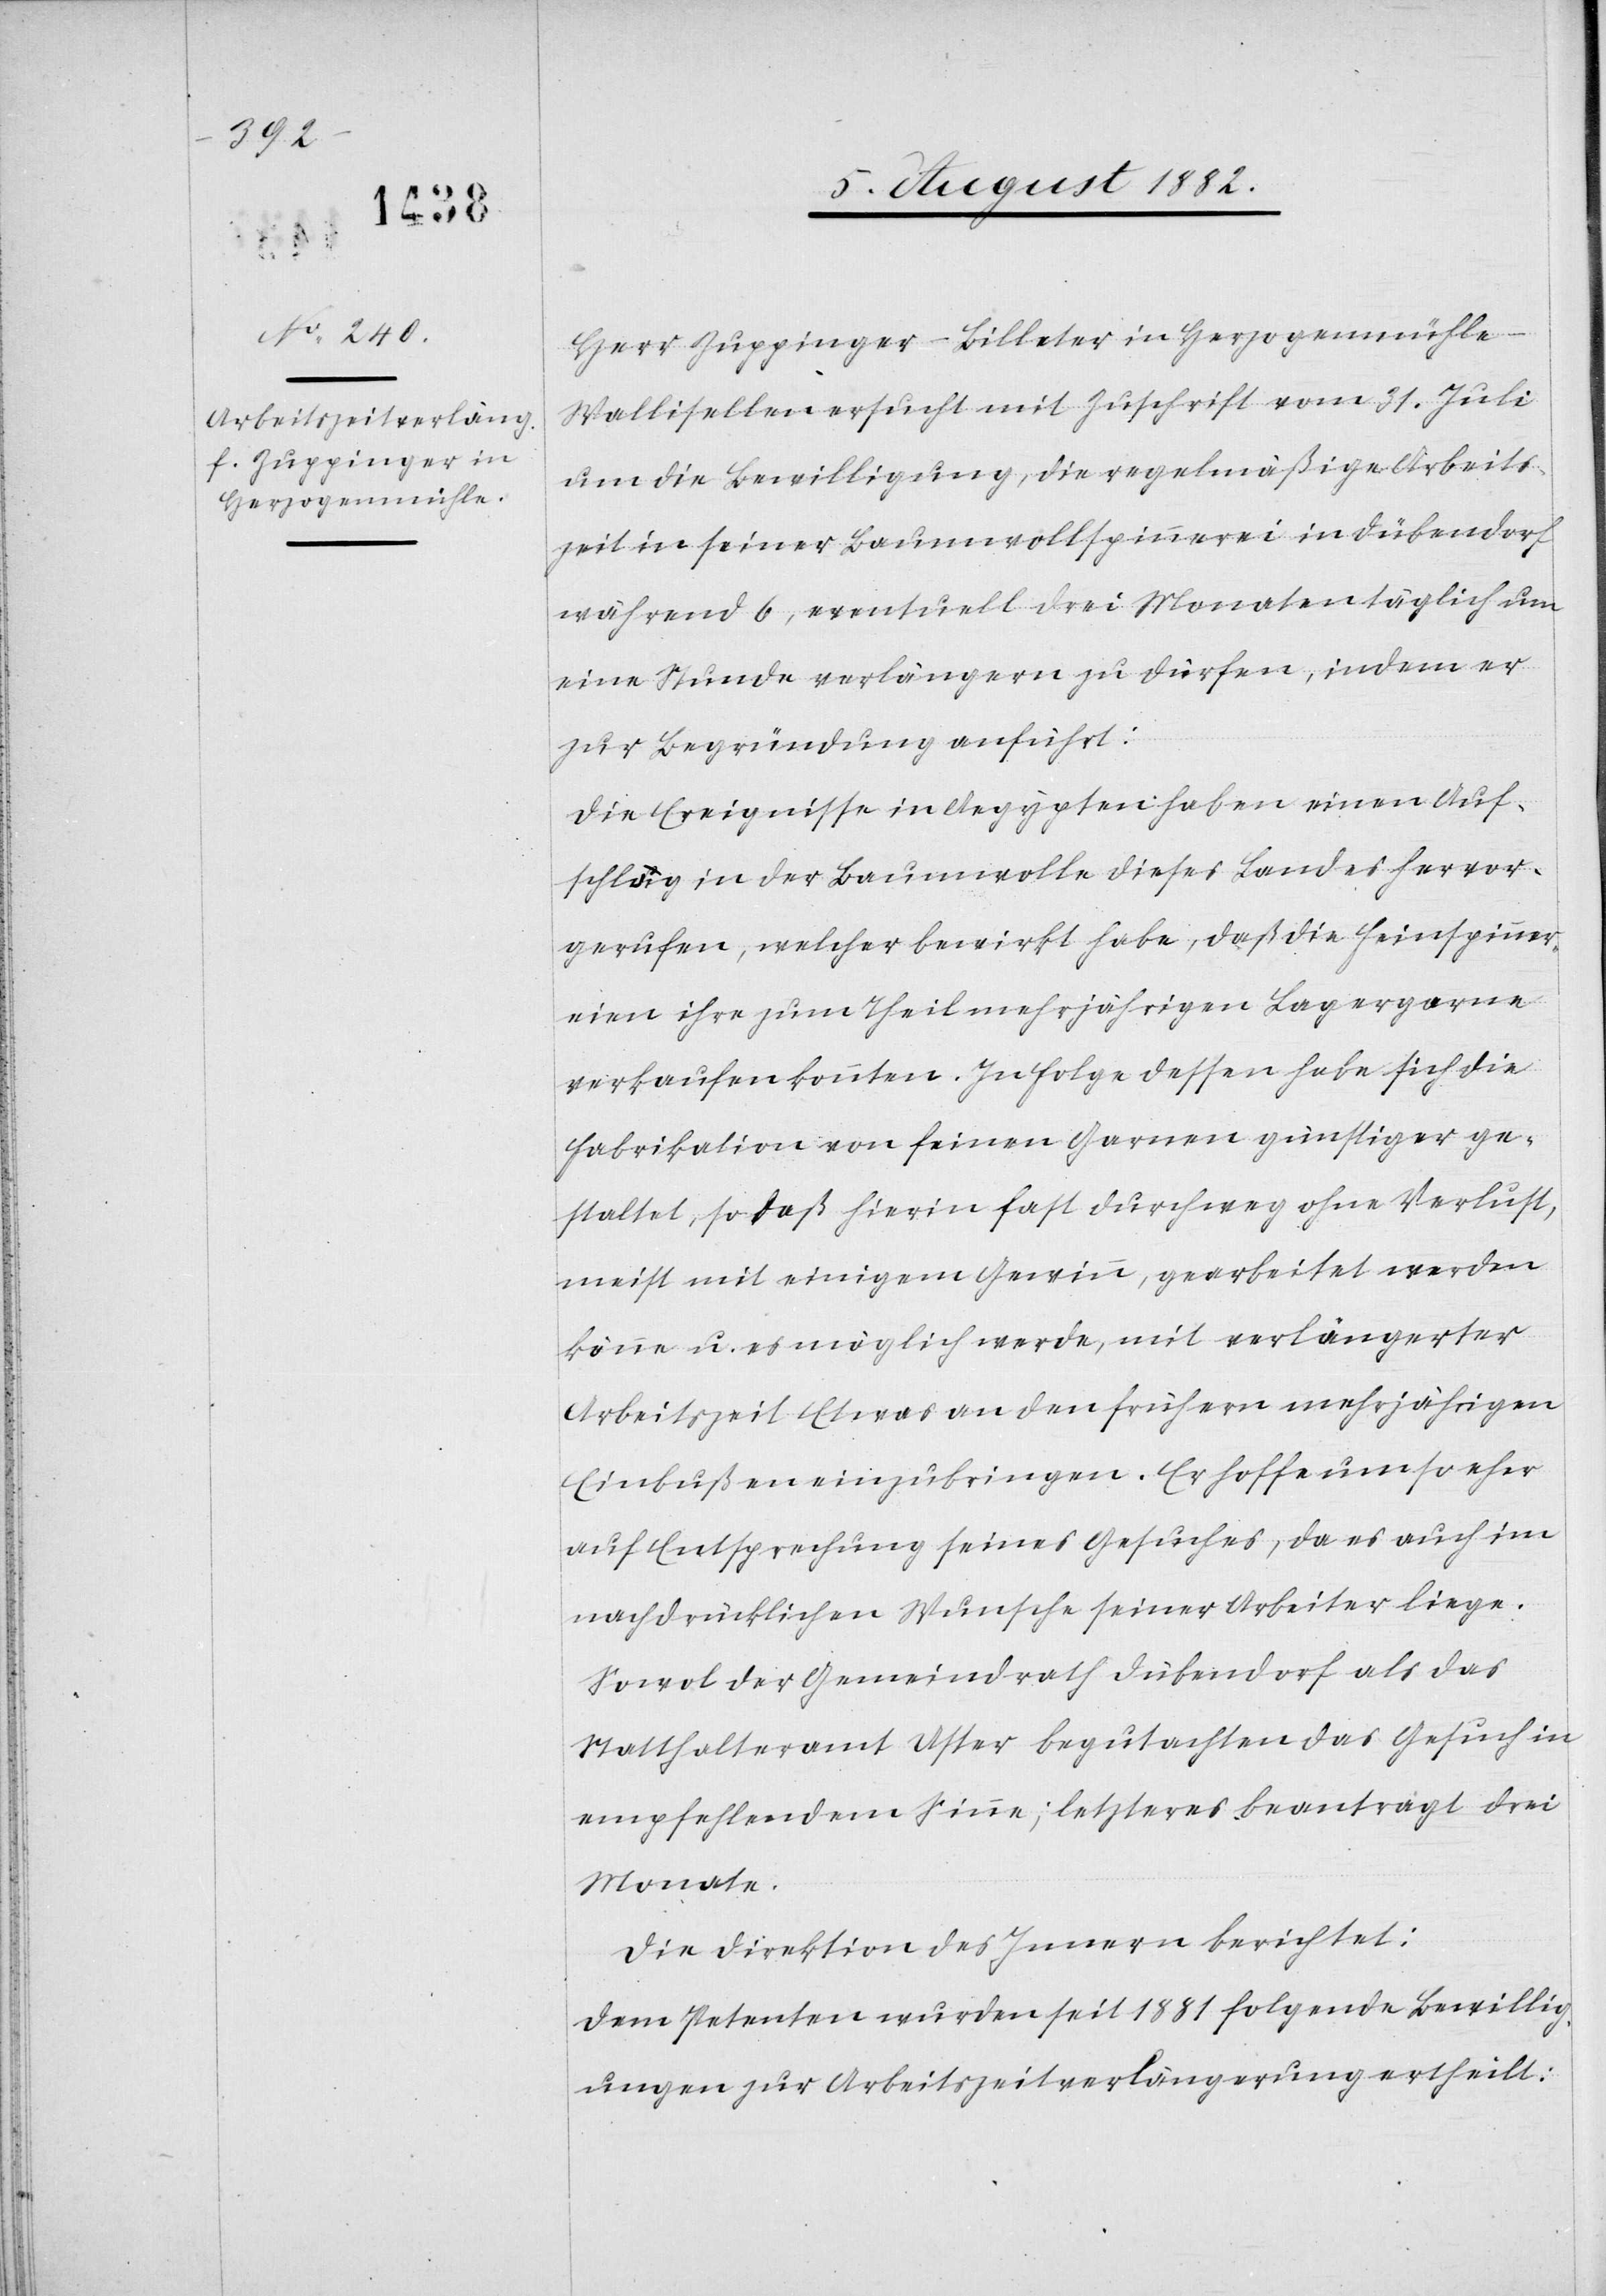
ner¬

Herr Zuppinger-Billeter in Herzogenmühle -
Wallisellen ersucht mit Zuschrift vom 31. Juli
um die Bewilligung, die regelmäßige Arbeits¬
zeit in seiner Baumwollspinnerei in Dübendorf
während 6, eventuell drei Monaten täglich um
eine Stunde verlängern zu dürfen, indem er
zur Begründung anführt:
Die Ereignisse in Aegypten haben einen Auf¬
schlag in der Baumwolle dieses Landes hervor¬
gerufen, welcher bewirkt habe, daß die Feinspin¬
eien ihre zum Theil mehrjährigen Lagergarne
verkaufen konnten. In Folge dessen habe sich die
Fabrikation von feinen Garnen günstiger ge¬
staltet, so daß hierin fast durchweg ohne Verlust,
meist mit einigem Gewinn, gearbeitet werden
könne u. es möglich werde, mit verlängerter
Arbeitszeit Etwas an den frühern mehrjährigen
Einbußen einzubringen. Er hoffe um so eher
auf Entsprechung seines Gesuches, da es auch im
nachdrücklichen Wunsche seiner Arbeiter liege.
Sowol der Gemeindrath Dübendorf als das
Statthalteramt Uster begutachten das Gesuch in
empfehlendem Sinne; letztere beantragt drei
Monate.
Die Direktion des Innern berichtet:
Dem Petenten wurden seit 1881 folgende Bewillig¬
ungen zur Arbeitszeitverlängerung ertheilt: